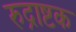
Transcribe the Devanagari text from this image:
रुद्राष्टक